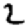
Digit: 2